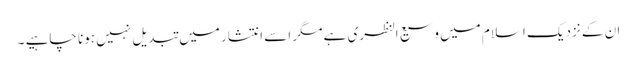
ان کے نزدیک اسلام میں وسیع النظری ہے مگر اسے انتشار میں تبدیل نہیں ہونا چاہیے ۔